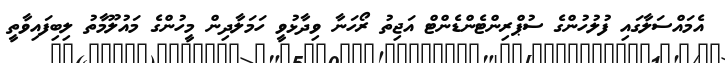
އެމައްސަަލާގައި ފުލުހުންގެ ސުޕްރިންޓެންޑެންޓް އަޖިތު ރޯހަނާ ވިދާޅުވީ ހަމަލާދިން މީހުންގެ މައުލޫމާތު ލިބިފައިވާތީ